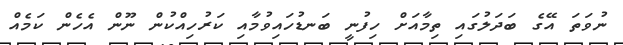
ނުވަތަ އޭގެ ބަދަލުގައި ތިމާއަށް ހިފުނީ ބަނޑުހައިވުމާއި ކަރުހިއްކުން ނޫން އެހެން ކަމެއް